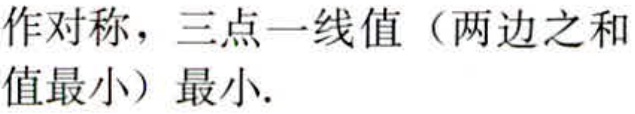
作对称，三点一线值（两边之和值最小）最小.